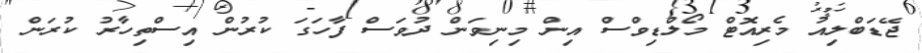
ޖޭޑަބްލިއު މެރިއޮޓް މޯލްޑިވްސް އިން މިނިވަން ދުވަސް ފާހަގަ ކުރުން އިސްތިހާރު ކުރަން